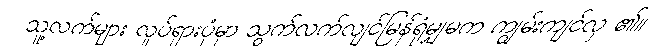
သူ့လက်များ လှုပ်ရှားပုံမှာ သွက်လက်လျင်မြန်ရုံမျှမက ကျွမ်းကျင်လှ ၏။